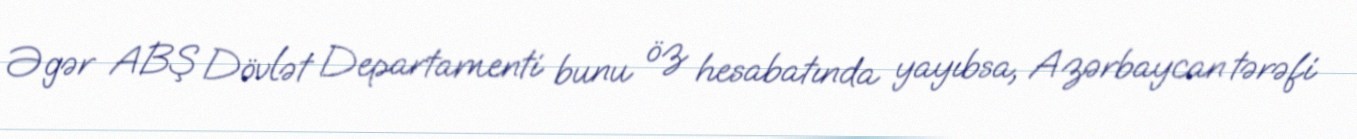
Əgər ABŞ Dövlət Departamenti bunu öz hesabatında yayıbsa, Azərbaycan tərəfi